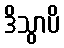
ဒိသွာပိ